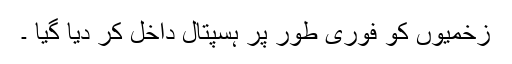
زخمیوں کو فوری طور پر ہسپتال داخل کر دیا گیا ۔